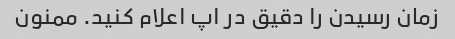
زمان رسیدن را دقیق در اپ اعلام کنید. ممنون